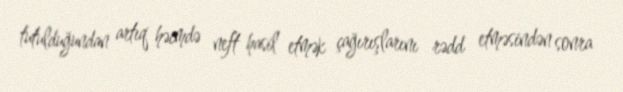
tutulduğundan artıq həcmdə neft hasil etmək çağırışlarını rədd etməsindən sonra